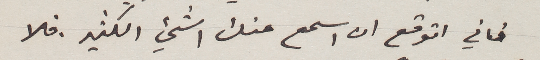
فاني اتوقع ان اسمع منك اشيء الكثير. فلا